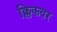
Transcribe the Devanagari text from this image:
क्लिकवर